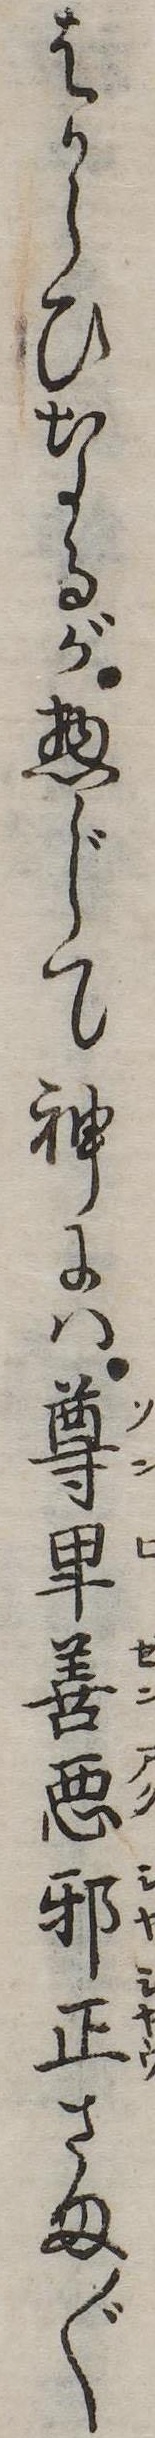
はからひなるが惣じて神には尊卑善悪邪正さま〲